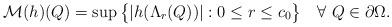
LaTeX: \begin{align*} \mathcal{M}(h)(Q) = \sup\big\{|h(\Lambda_r(Q))|: 0\leq r\leq c_0\big\} \quad\forall ~Q\in\partial\Omega.\end{align*}